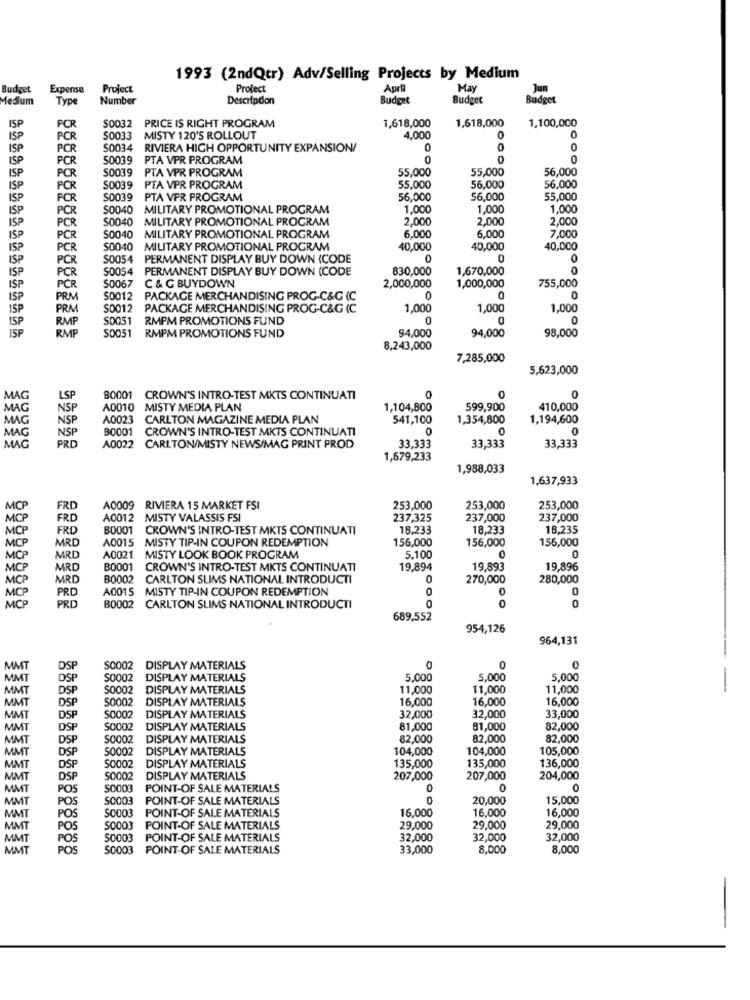
1993 (2ndQtr) Adv/Selling Projects by Medium
Budget
Expense
Project
Project
April
May
Jun
Medium
Type
Number
Description
Budget
Budget
Budget
PRICE IS RIGHT PROGRAM
1,618,000
1,618,000
1,100,000
ISP
PCR
$0032
ISP
PCR
S0033
MISTY 120'S ROLLOUT
4,000
ISP
PCR
S0034
RIVIERA HIGH OPPORTUNITY EXPANSION/
ISP
PCR
50039
PTA VPR PROGRAM
0
ISP
S0039
PTA VPR PROGRAM
55,000
55,000
OODQ
56,000
PCR
56,000
ISP
PCR
S0039
PTA VPR PROGRAM
55,000
56,000
ISP
PCR
S0039
PTA VPR PROGRAM
56,000
56,000
55,000
ISP
PCR
S0040 MILITARY PROMOTIONAL PROGRAM
1,000
1,000
1,000
ISP
PCR
S0040
MILITARY PROMOTIONAL PROGRAM
2,000
2.000
2,000
ISP
PCR
S0040
MILITARY PROMOTIONAL PROGRAM
6,000
6,000
7,000
ISP
PCR
S0040
MILITARY PROMOTIONAL PROGRAM
40,000
40,000
40,000
ISP
PCR
S0054
PERMANENT DISPLAY BUY DOWN (CODE
0
0
0
ISP
PCR
S0054
PERMANENT DISPLAY BUY DOWN (CODE
830,000
1,670,000
0
ISP
PCR
S0067
C & G BUYDOWN
2,000,000
1,000,000
755,000
ISP
PRM
S0012 PACKAGE MERCHANDISING PROG-C&G (C
0
O
0
1SP
PRM
S0012 PACKAGE MERCHANDISING PROG-C&G (C
1,000
1,000
1,000
ISP
RMP
S0051 RMPM PROMOTIONS FUND
0
0
0
ISP
RMP
SD051
94,000
RMPM PROMOTIONS FUND
94,000
98,000
8,243,000
7,285,000
5,623,000
0
MAG
LSP
80001 CROWN'S INTRO-TEST MKTS CONTINUATI
MAG
NSP
A0010 MISTY MEDIA PLAN
1,104,800
599,900
410,000
MAG
NSF
A0023
CARLTON MAGAZINE MEDIA PLAN
541,100
1,354,800
1,194,600
NSP
B0001
CROWN'S INTRO-TEST MKTS CONTINUATI
0
0
MAG
PRD
MAG
A0022 CARLTON/MISTY NEWS/MAG PRINT PROD
33,333
33,333
33,333
1,679,233
1,988,033
1,637,933
MCP
FRD
A0009 RIVIERA 15 MARKET FSI
253,000
253,000
253,000
FRD
A0012 MISTY VALASSIS FSI
237,325
237,000
237,000
FRE
B0001 CROWN'S INTRO-TEST MKTS CONTINUATI
18,233
18,233
18,235
MRD
A0015 MISTY TIP-IN COUPON REDEMPTION
156,000
156,000
156,000
0
MRD
A0021
MISTY LOOK BOOK PROGRAM
5.100
0
MCP
MRD
B0001 CROWN'S INTRO-TEST MKTS CONTINUATI
19,894
19,893
19.896
MRD
B0002 CARLTON SLIMS NATIONAL INTRODUCTI
0
270,000
280,000
MCP
PRO
A0015 MISTY TIP-IN COUPON REDEMPTION
0
0
PRD
B0002 CARLTON SLIMS NATIONAL INTRODUCTI
0
689,552
954,126
964,131
MMT
DSP
S0002
DISPLAY MATERIALS
0
0
0
MMT
DSP
S0002
DISPLAY MATERIALS
5,000
5.000
5,000
MMT
DSP
$0002
DISPLAY MATERIALS
11,000
11,000
11,000
MMT
DSP
50002
DISPLAY MATERIALS
16,000
16,000
16,000
MMT
DSP
S0002
DISPLAY MATERIALS
32,000
32,000
33,000
MMT
DSP
S0002
DISPLAY MATERIALS
81,000
81,000
82,000
MMT
DSP
S0002
DISPLAY MATERIALS
82,000
82,000
82,000
MAIT
DSP
50002
DISPLAY MATERIALS
104,000
104,000
105,000
135,000
136,000
MMT
DSP
S0002
DISPLAY MATERIALS
135,000
MMT
DSP
50002
DISPLAY MATERIALS
207,000
207,000
204,000
MMT
POS
50003
POINT-OF SALE MATERIALS
0
0
MMT
POS
S0003
POINT-OF SALE MATERIALS
20,000
15,000
MMT
POS
S0003 POINT-OF SALE MATERIALS
16,000
16,000
16,000
MAT
POS
50003 POINT-OF SALE MATERIALS
29,000
29,000
29,000
MMT
POS
S0003
POINT-OF SALE MATERIALS
32,000
32,000
32,000
MMT
POS
S0003
POINT-OF SALE MATERIALS
33,000
8,000
8,000
-